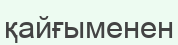
қайғыменен